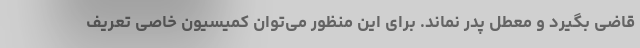
قاضی بگیرد و معطل پدر نماند. برای این منظور می‌توان کمیسیون خاصی تعریف